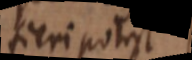
fieri potest